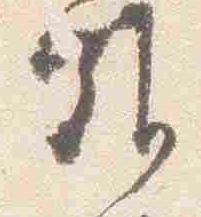
難